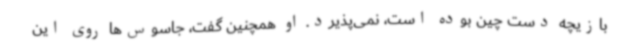
بازیچه دست چین بوده است، نمی‌پذیرد. او همچنین گفت، جاسوس‌ها روی این